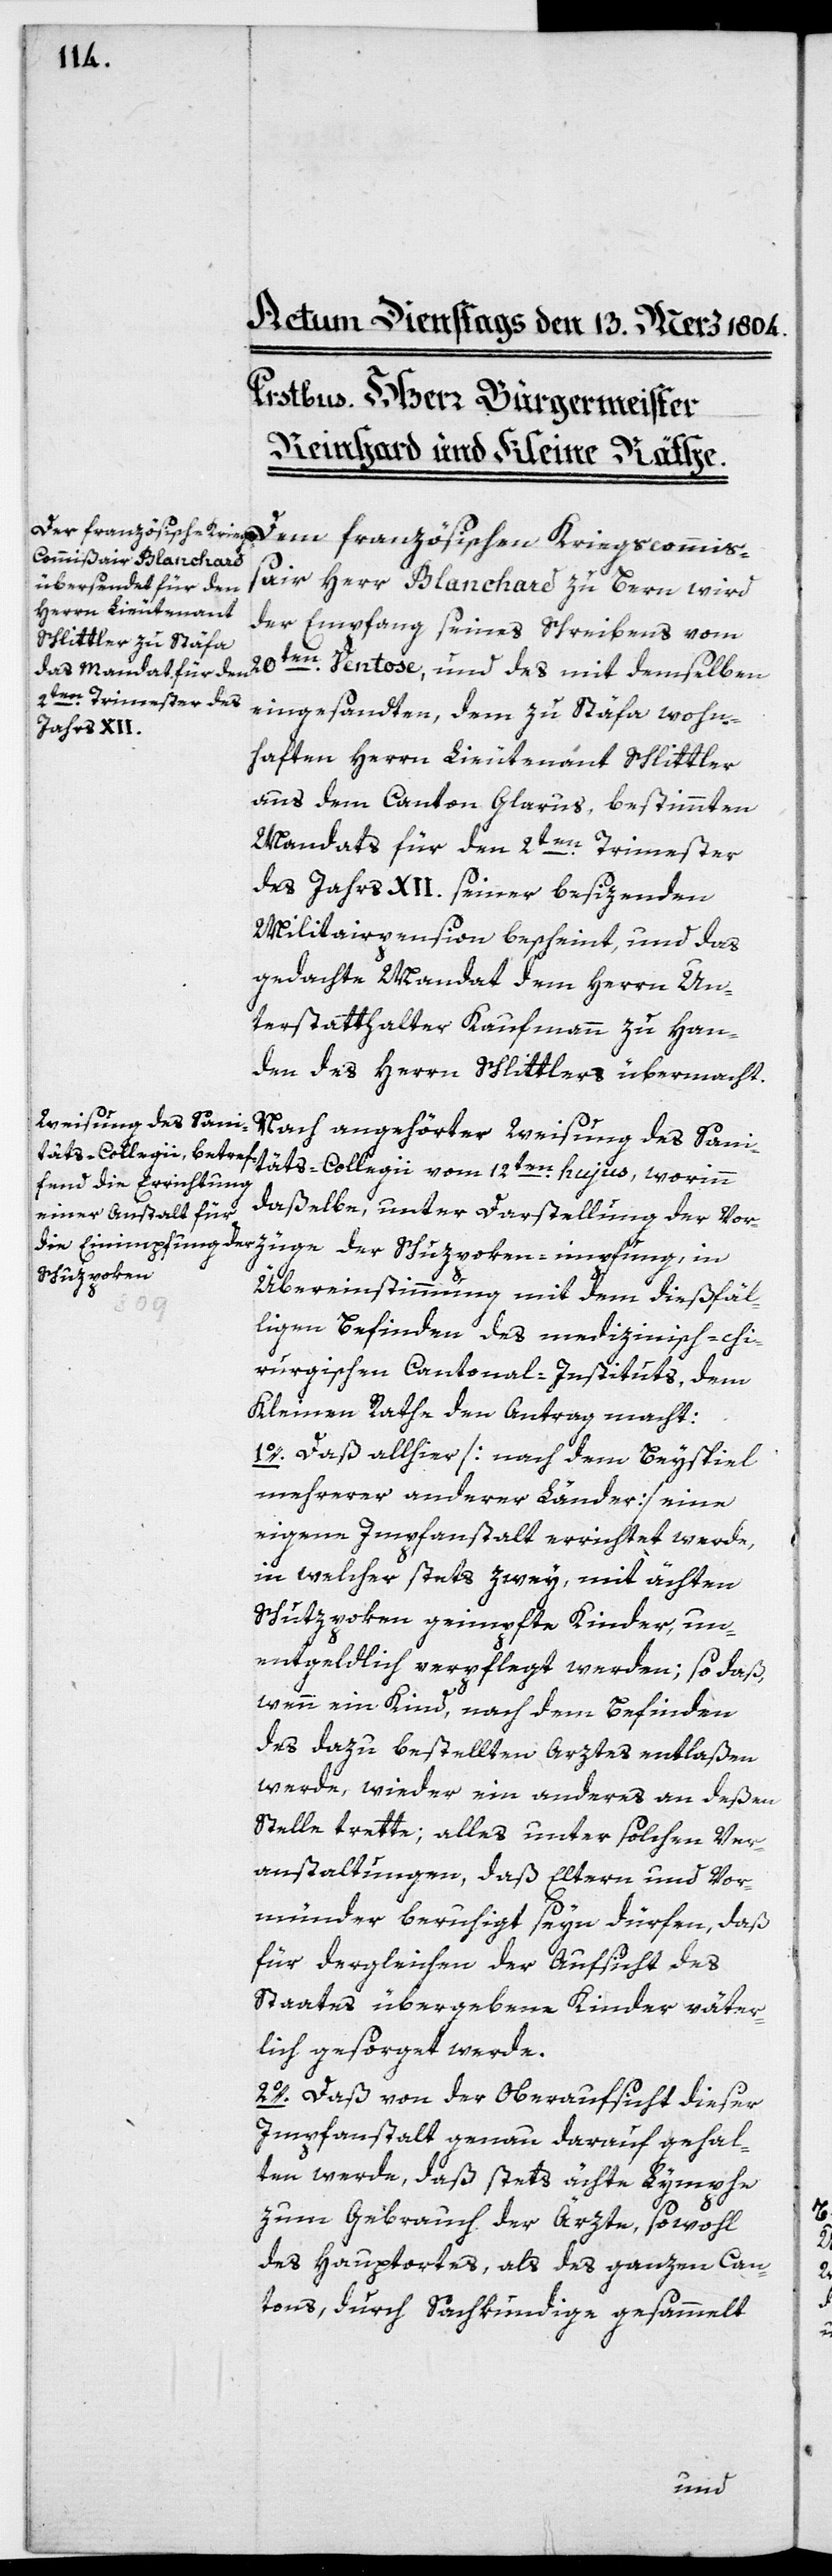
züge
französischen Kriegscommißai¬
r Herr Blanchard zu Bern wird
der Empfang seines Schreibens vom
eingesandten, dem zu Stäfa wohn¬
haften Herrn Lieutenant Schlittler
aus dem Canton Glarus, bestimmten
Mandats für den 2ten Trimester
des Jahrs XII. seiner besizenden
Militairpension bescheint, und das
gedachte Mandat dem Herrn Un¬
terstatthalter Kaufmann zu Han¬
den des Herrn Schlittlers übermacht.
Nach angehörter Weisung des Sani¬
täts-Collegii vom 12ten hujus, worinn
daßelbe, unter Darstellung der Vor¬
Übereinstimmung mit dem dießfäl¬
ligen Befinden des medizinisch-chi¬
rurgischen Cantonal-Instituts, dem
Kleinen Rathe den Antrag macht:
1o. Daß allhier [nach dem Beyspiel
mehrerer anderer Länder] eine
eigene Impfanstalt errichtet werde,
in welcher stets zwey, mit ächten
Schutzpocken geimpfte Kinder un¬
entgeldlich verpflegt werden; so daß,
wenn ein Kind, nach dem Befinden
des dazu bestellten Arztes entlaßen
werde, wieder ein anderes an deßen
Stelle trette, alles unter solchen Ver¬
anstaltungen, daß Eltern und Vor¬
münder beruhigt seyn dürfen, daß
für dergleichen der Aufsicht des
Staates übergebene Kinder väter¬
lich gesorget werde.
2o. Daß von der Oberaufsicht dieser
Impfanstalt genau darauf gehal¬
ten werde, daß stets ächte Lymphe
zum Gebrauch der Ärzte, sowohl
des Hauptortes, als des ganzen Can¬
tons, durch Sachkundige gesammelt
und